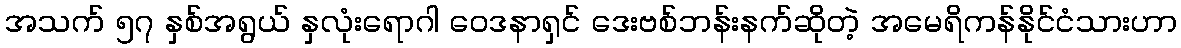
အသက် ၅၇ နှစ်အရွယ် နှလုံးရောဂါ ဝေဒနာရှင် ဒေးဗစ်ဘန်းနက်ဆိုတဲ့ အမေရိကန်နိုင်ငံသားဟာ